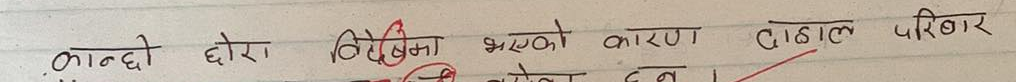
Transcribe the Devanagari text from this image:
कान्छी छोरा विदेशमा भएको कारण ठूलो परिवार